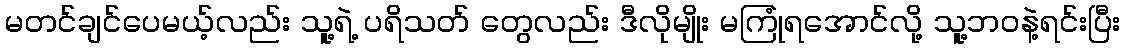
မတင်ချင်ပေမယ့်လည်း သူ့ရဲ့ ပရိသတ် တွေလည်း ဒီလိုမျိုး မကြုံရအောင်လို့ သူ့ဘဝနဲ့ရင်းပြီး